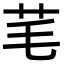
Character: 芼